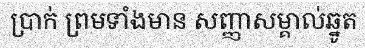
ប្រាក់ ព្រមទាំងមាន សញ្ញាសម្គាល់ឆ្នូត